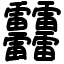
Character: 䨻